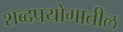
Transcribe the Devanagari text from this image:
शब्दप्रयोगातील